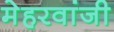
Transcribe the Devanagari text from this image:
मेहरवांजी